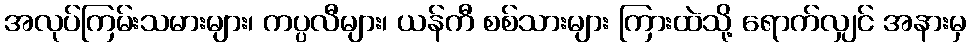
အလုပ်ကြမ်းသမားများ၊ ကပ္ပလီများ၊ ယန်ကီ စစ်သားများ ကြားထဲသို့ ရောက်လျှင် အနားမှ